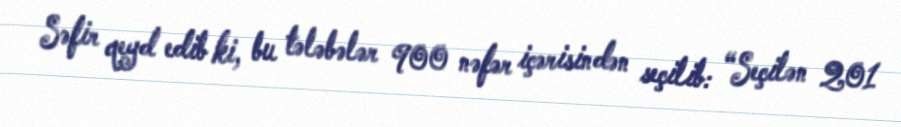
Səfir qeyd edib ki, bu tələbələr 900 nəfər içərisindən seçilib: “Seçilən 201